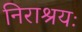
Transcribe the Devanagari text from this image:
निराश्रयः